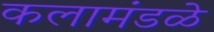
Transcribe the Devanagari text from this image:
कलामंडळे